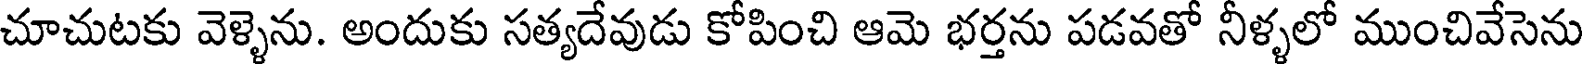
చూచుటకు వెళ్ళెను. అందుకు సత్యదేవుడు కోపించి ఆమె భర్తను పడవతో నీళ్ళలో ముంచివేసెను